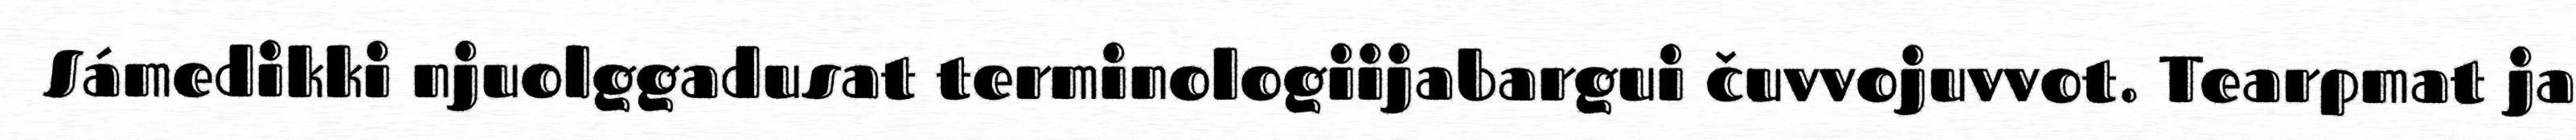
Sámedikki njuolggadusat terminologiijabargui čuvvojuvvot. Tearpmat ja